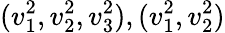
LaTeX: (v_{1}^{2},v_{2}^{2},v_{3}^{2}),(v_{1}^{2},v_{2}^{2})